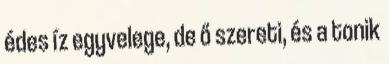
édes íz egyvelege, de ő szereti, és a tonik